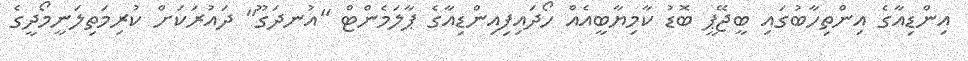
އިންޑިއާގެ އިންތިހާބުގައި ބީޖޭޕީ ބޮޑު ކާމިޔާބީއެއް ހޯދައިފިއިންޑިއާގެ ޕާލަމެންޓް "އުނދަގޫ" ދައުރަކަށް ކުރިމަތިލަނީމޯދީގެ